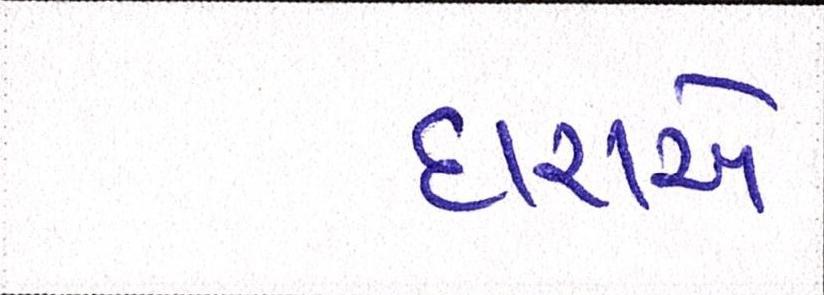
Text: દારાએ